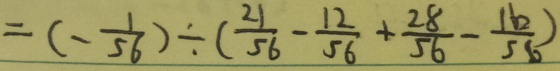
= ( - \frac { 1 } { 5 6 } ) \div ( \frac { 2 1 } { 5 6 } - \frac { 1 2 } { 5 6 } + \frac { 2 8 } { 5 6 } - \frac { 1 6 } { 5 6 } )